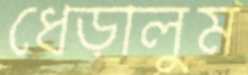
ধেড়ালুম